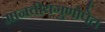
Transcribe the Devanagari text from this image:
मानवीयगुणोपेत